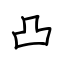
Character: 凸